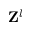
{ \bf Z } ^ { l }